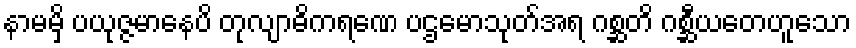
နာမမှိ ပယုဇ္ဇမာနေပိ တုလျာဓိကရဏေ ပဌမောသုတ်အရ ဂစ္ဆတိ ဂစ္ဆီယတေဟူသော